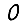
Digit: 0